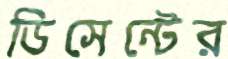
ডিসেন্টের